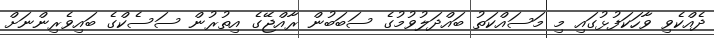
ދެއްކެވި ވާހަކަފުޅުގައި މި މަސައްކަތު ބައްދަލުވުމުގެ ސަބަބުން ރާއްޖޭގެ އިތުރުން ސަސެކްގެ ބައިވެރިންނަށް